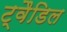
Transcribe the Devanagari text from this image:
ट्वैडिल